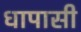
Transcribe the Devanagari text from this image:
धापासी